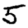
Digit: 5